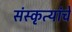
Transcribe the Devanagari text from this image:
संस्कृत्यांचे